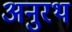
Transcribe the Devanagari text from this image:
अनुरथ